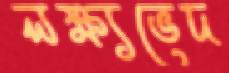
লক্ষ্যভেদ